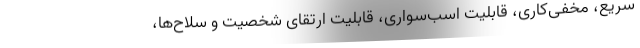
سریع، مخفی‌کاری، قابلیت اسب‌سواری، قابلیت ارتقای شخصیت و سلاح‌ها،